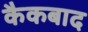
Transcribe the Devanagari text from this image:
कैकबाद